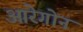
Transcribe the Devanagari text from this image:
आरेगोन